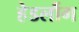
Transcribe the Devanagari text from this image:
हेडलौंग